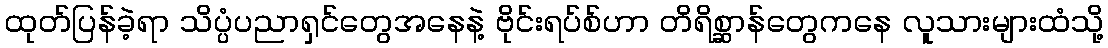
ထုတ်ပြန်ခဲ့ရာ သိပ္ပံပညာရှင်တွေအနေနဲ့ ဗိုင်းရပ်စ်ဟာ တိရိစ္ဆာန်တွေကနေ လူသားများထံသို့